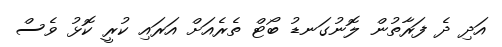
އަދި ދެ ފަރާތުން ލޮނުގަނޑު ބޯޓް ތެރެއަށް އަރައި ކުރީ ކޮޅު ވެސް